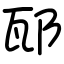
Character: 邷